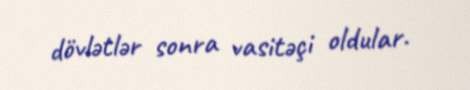
dövlətlər sonra vasitəçi oldular.